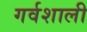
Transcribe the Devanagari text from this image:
गर्वशाली